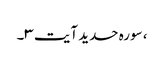
، سورہ حدید آیت ۳۔